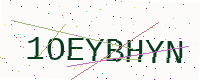
Text: 1OEYBHYN